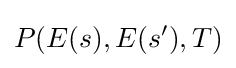
P(E(s),E(s'),T)